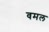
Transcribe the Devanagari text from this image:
वमल